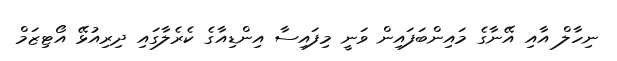
ނިހާލް އާއި އޭނާގެ މައިންބަފައިން ވަނީ މިފައިސާ އިންޑިއާގެ ކެރެލާގައި ދިރިއުޅޭ އޯޓިޒަމް